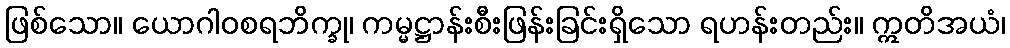
ဖြစ်သော။ ယောဂါဝစရဘိက္ခု၊ ကမ္မဋ္ဌာန်းစီးဖြန်းခြင်းရှိသော ရဟန်းတည်း။ ဣတိအယံ၊